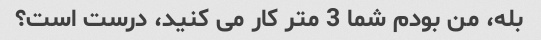
بله، من بودم شما 3 متر کار می کنید، درست است؟